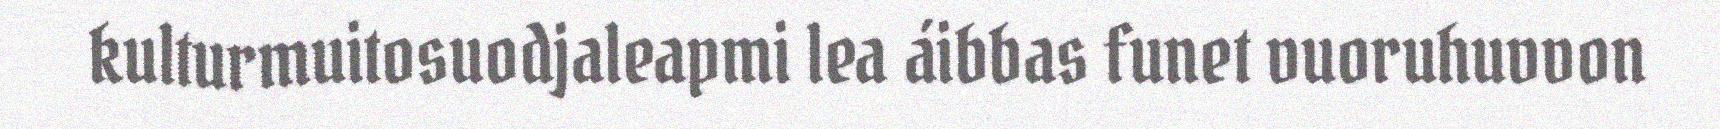
kulturmuitosuodjaleapmi lea áibbas funet vuoruhuvvon